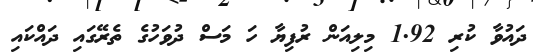
ދައުވާ ކުރި 1.92 މިލިއަން ރުފިޔާ ހަ މަސް ދުވަހުގެ ތެރޭގައި ދައްކައި